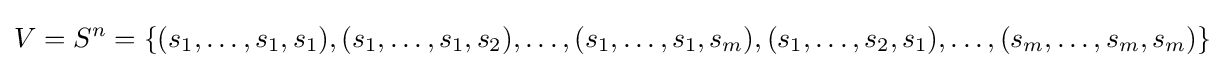
V=S^{n}=\{(s_{1},\dots ,s_{1},s_{1}),(s_{1},\dots ,s_{1},s_{2}),\dots ,(s_{1},\dots ,s_{1},s_{m}),(s_{1},\dots ,s_{2},s_{1}),\dots ,(s_{m},\dots ,s_{m},s_{m})\}